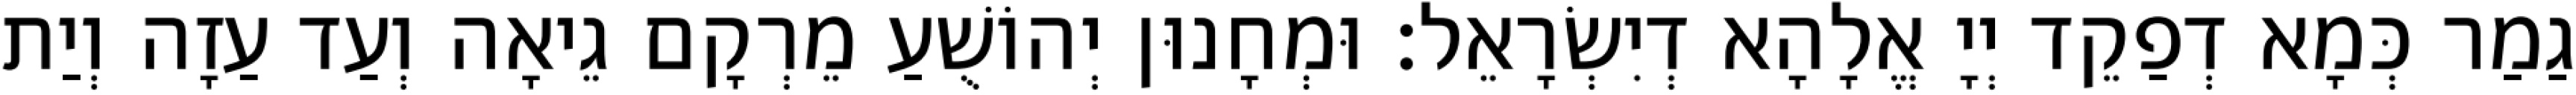
גַמַר כְּמָא דְפַקֵד יְיָ אֱלָהָא דְיִשְׂרָאֵל׃ וּמְחָנוּן יְהוֹשֻׁעַ מֵרְקָם גֵיאָה וְעַד עַזָה וְיַת